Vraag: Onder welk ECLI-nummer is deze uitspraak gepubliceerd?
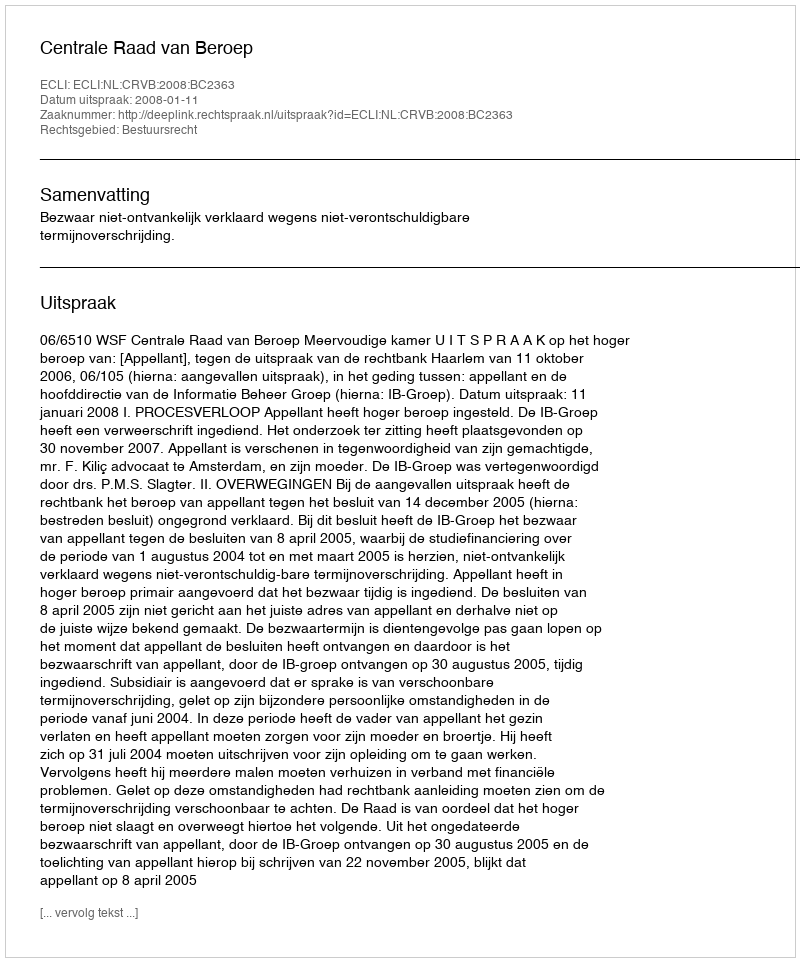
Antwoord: ECLI:NL:CRVB:2008:BC2363